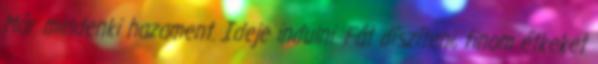
Már mindenki hazament. Ideje indulni. Fát díszíteni, finom étkeket